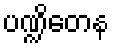
ပဏ္ဍိတေန